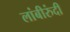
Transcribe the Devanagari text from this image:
लांबीरुंदी